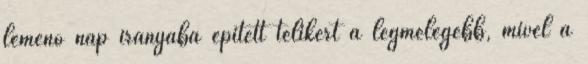
lemenő nap irányába épített télikert a legmelegebb, mivel a